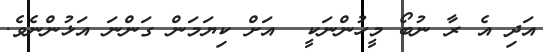
އަދި އެ ރާ ނުބޯ މީހުންނަކީ  އަށް ކިޔަމަން ގަންނަ އަޅުންނެވެ.